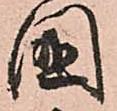
國